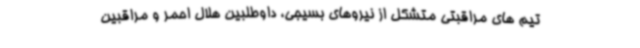
تیم های مراقبتی متشکل از نیروهای بسیجی، داوطلبین هلال احمر و مراقبین